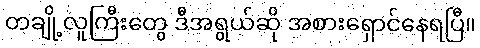
တချို့လူကြီးတွေ ဒီအရွယ်ဆို အစားရှောင်နေရပြီ။